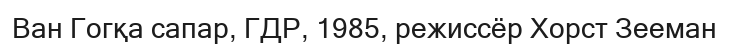
Ван Гогқа сапар, ГДР, 1985, режиссёр Хорст Зееман